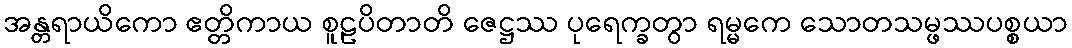
အန္တရာယိကော ဧတ္တိကာယ စူဠပိတာတိ ဇေဋ္ဌဿ ပုရေက္ခတွာ ရမ္မကေ သောတသမ္ဖဿပစ္စယာ